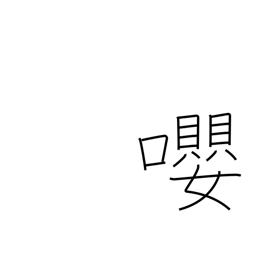
Meaning: birds singing together